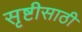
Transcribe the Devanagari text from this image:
सृष्टीसाठी